Document type: Oath
Year: 1447
Scribe: Pere Figuerola
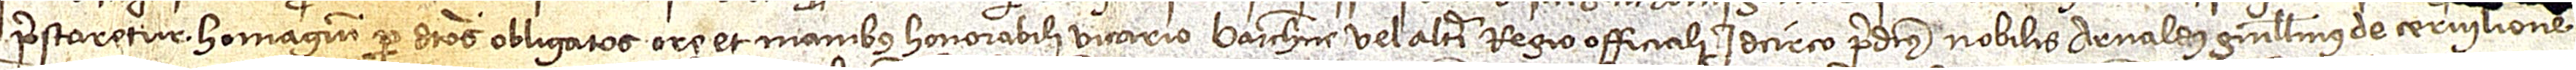
prestaretur homagium per dictos obligatos ore et manibus honorabili vicario Barchinone vel alteri regio officiali. Idcirco predictus nobilis Arnaldus Guillelmus de Cervilione